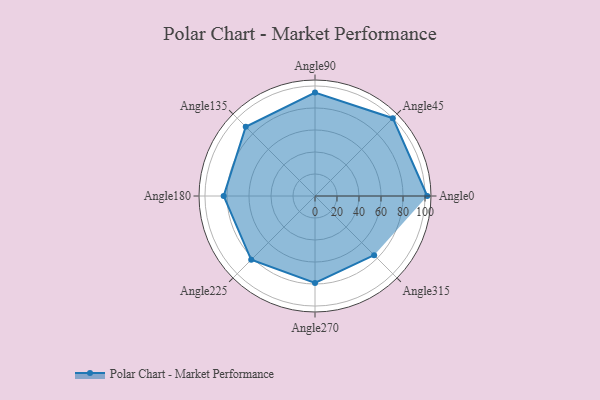
{"axis": {"x": "Angle", "y": "Radius"}, "legend": [""], "data": [{"x": "Angle0", "y": 102.0, "type": ""}, {"x": "Angle45", "y": 100.0, "type": ""}, {"x": "Angle90", "y": 94.0, "type": ""}, {"x": "Angle135", "y": 89.0, "type": ""}, {"x": "Angle180", "y": 83.0, "type": ""}, {"x": "Angle225", "y": 82.0, "type": ""}, {"x": "Angle270", "y": 79.0, "type": ""}, {"x": "Angle315", "y": 76.0, "type": ""}]}